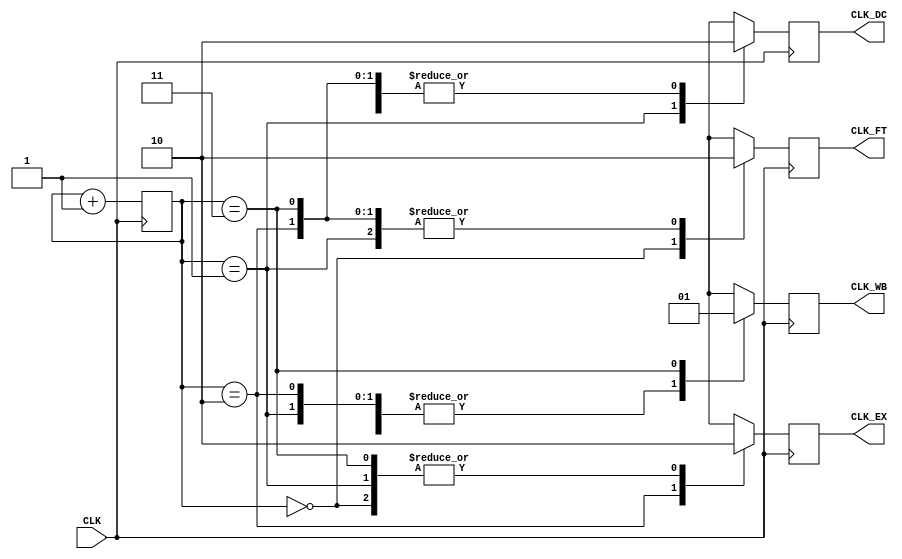
`define FT_STAGE 2'b00
`define DC_STAGE 2'b01
`define EX_STAGE 2'b10
`define WB_STAGE 2'b11


module clk_gen(CLK, 
               CLK_FT, 
               CLK_DC, 
               CLK_EX, 
               CLK_WB);
    input           CLK;
    output          CLK_FT, CLK_DC, CLK_EX, CLK_WB;

    reg             CLK_FT, CLK_DC, CLK_EX, CLK_WB;
    reg     [1:0]   cnt = 2'b00;

    function sub_clk;
        input   [1:0]   cnt;
        input   [1:0]   sel;
        
        begin
        case (cnt)
            2'b00: sub_clk = (sel == `FT_STAGE) ? 1'b1 :
                             (sel == `DC_STAGE) ? 1'b0 :
                             (sel == `EX_STAGE) ? 1'b0 :
                             (sel == `WB_STAGE) ? 1'b0 : 1'bx;

            2'b01: sub_clk = (sel == `FT_STAGE) ? 1'b0 :
                             (sel == `DC_STAGE) ? 1'b1 :
                             (sel == `EX_STAGE) ? 1'b0 :
                             (sel == `WB_STAGE) ? 1'b0 : 1'bx;

            2'b10: sub_clk = (sel == `FT_STAGE) ? 1'b0 :
                             (sel == `DC_STAGE) ? 1'b0 :
                             (sel == `EX_STAGE) ? 1'b1 :
                             (sel == `WB_STAGE) ? 1'b0 : 1'bx;

            2'b11: sub_clk = (sel == `FT_STAGE) ? 1'b0 :
                             (sel == `DC_STAGE) ? 1'b0 :
                             (sel == `EX_STAGE) ? 1'b0 :
                             (sel == `WB_STAGE) ? 1'b1 : 1'bx;

            default: sub_clk = 1'bx;
        endcase
        end        
    endfunction
    
    always @ (posedge CLK)
    begin
        cnt <= cnt + 2'b01;
        CLK_FT <= sub_clk(cnt, `FT_STAGE);
        CLK_DC <= sub_clk(cnt, `DC_STAGE);
        CLK_EX <= sub_clk(cnt, `EX_STAGE);
        CLK_WB <= sub_clk(cnt, `WB_STAGE);
    end

endmodule